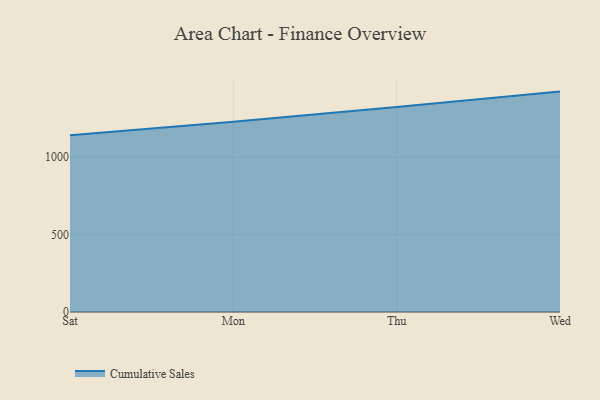
{"axis": {"x": "Day", "y": "Headcount"}, "legend": ["Cumulative Sales"], "data": [{"x": "Sat", "y": 1142.5, "type": "Cumulative Sales"}, {"x": "Mon", "y": 1230.0, "type": "Cumulative Sales"}, {"x": "Thu", "y": 1324.5, "type": "Cumulative Sales"}, {"x": "Wed", "y": 1424.2, "type": "Cumulative Sales"}]}